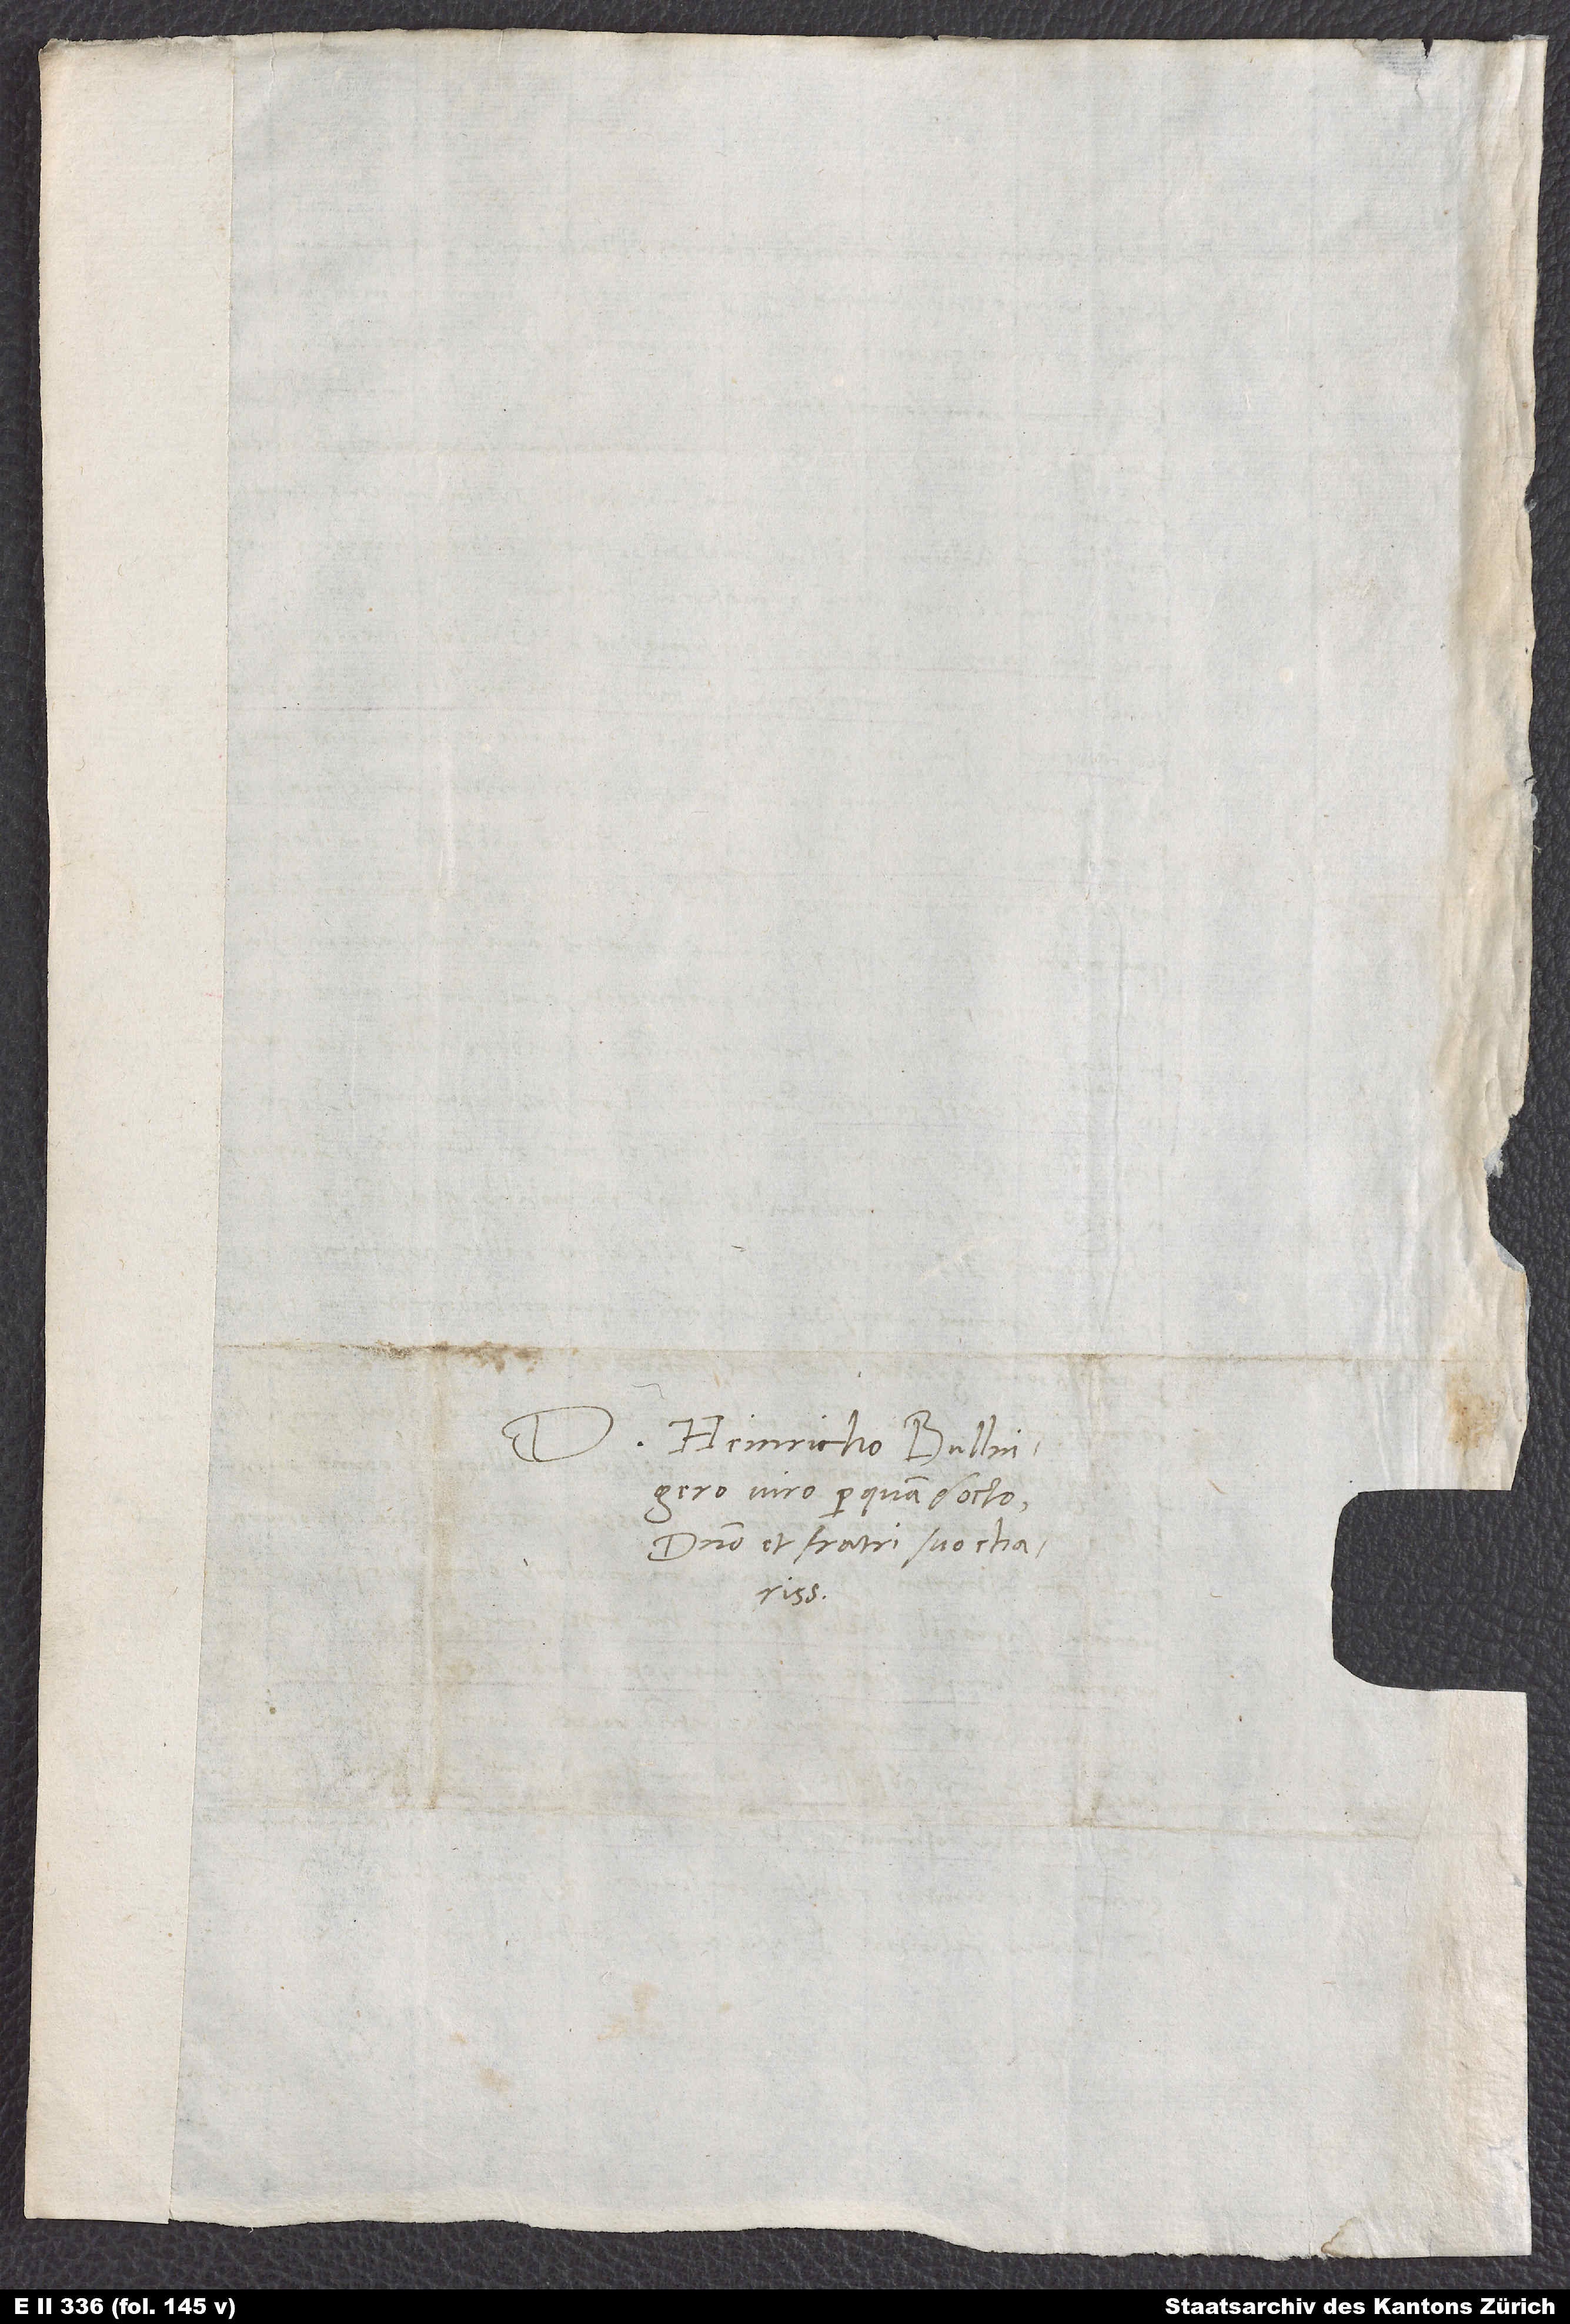
Domino Heinricho Bullingero,
viro perquam docto,
domino et fratri suo charissimo.